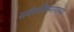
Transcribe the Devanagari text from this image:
सर्वशक्तिमानाच्या